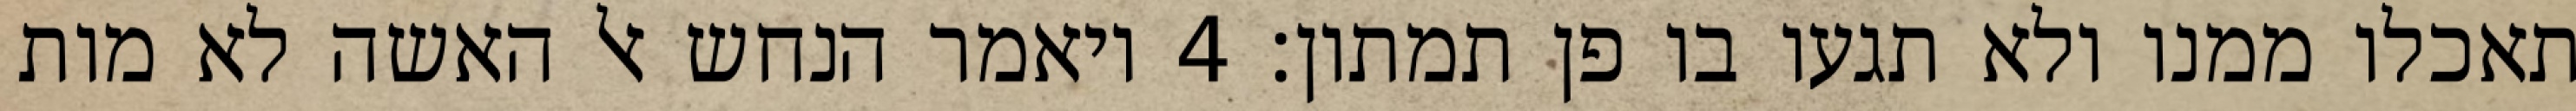
תאכלו ממנו ולא תגעו בו פן תמתון׃ ‎4‏ ויאמר הנחש אל האשה לא מות